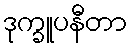
ဒုက္ခူပနီတာ